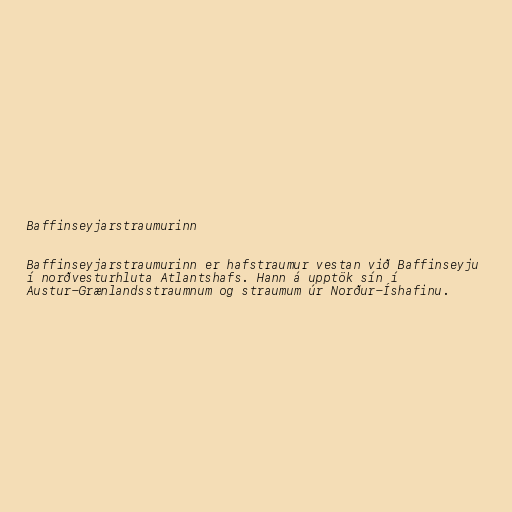
Baffinseyjarstraumurinn

Baffinseyjarstraumurinn er hafstraumur vestan við Baffinseyju
í norðvesturhluta Atlantshafs. Hann á upptök sín í
Austur-Grænlandsstraumnum og straumum úr Norður-Íshafinu.